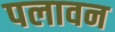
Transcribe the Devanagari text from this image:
पलावन